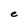
Character: e